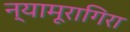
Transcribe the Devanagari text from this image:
न्यामूरागिरा